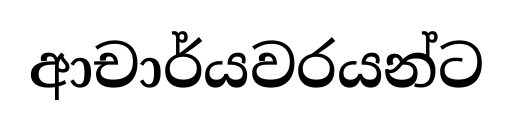
ආචාර්යවරයන්ට